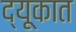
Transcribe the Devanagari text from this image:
द्यूकात